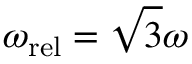
\omega _ { \mathrm { r e l } } = \sqrt { 3 } \omega